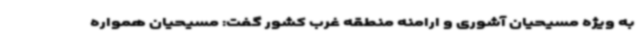
به ویژه مسیحیان آشوری و ارامنه منطقه غرب کشور گفت: مسیحیان همواره